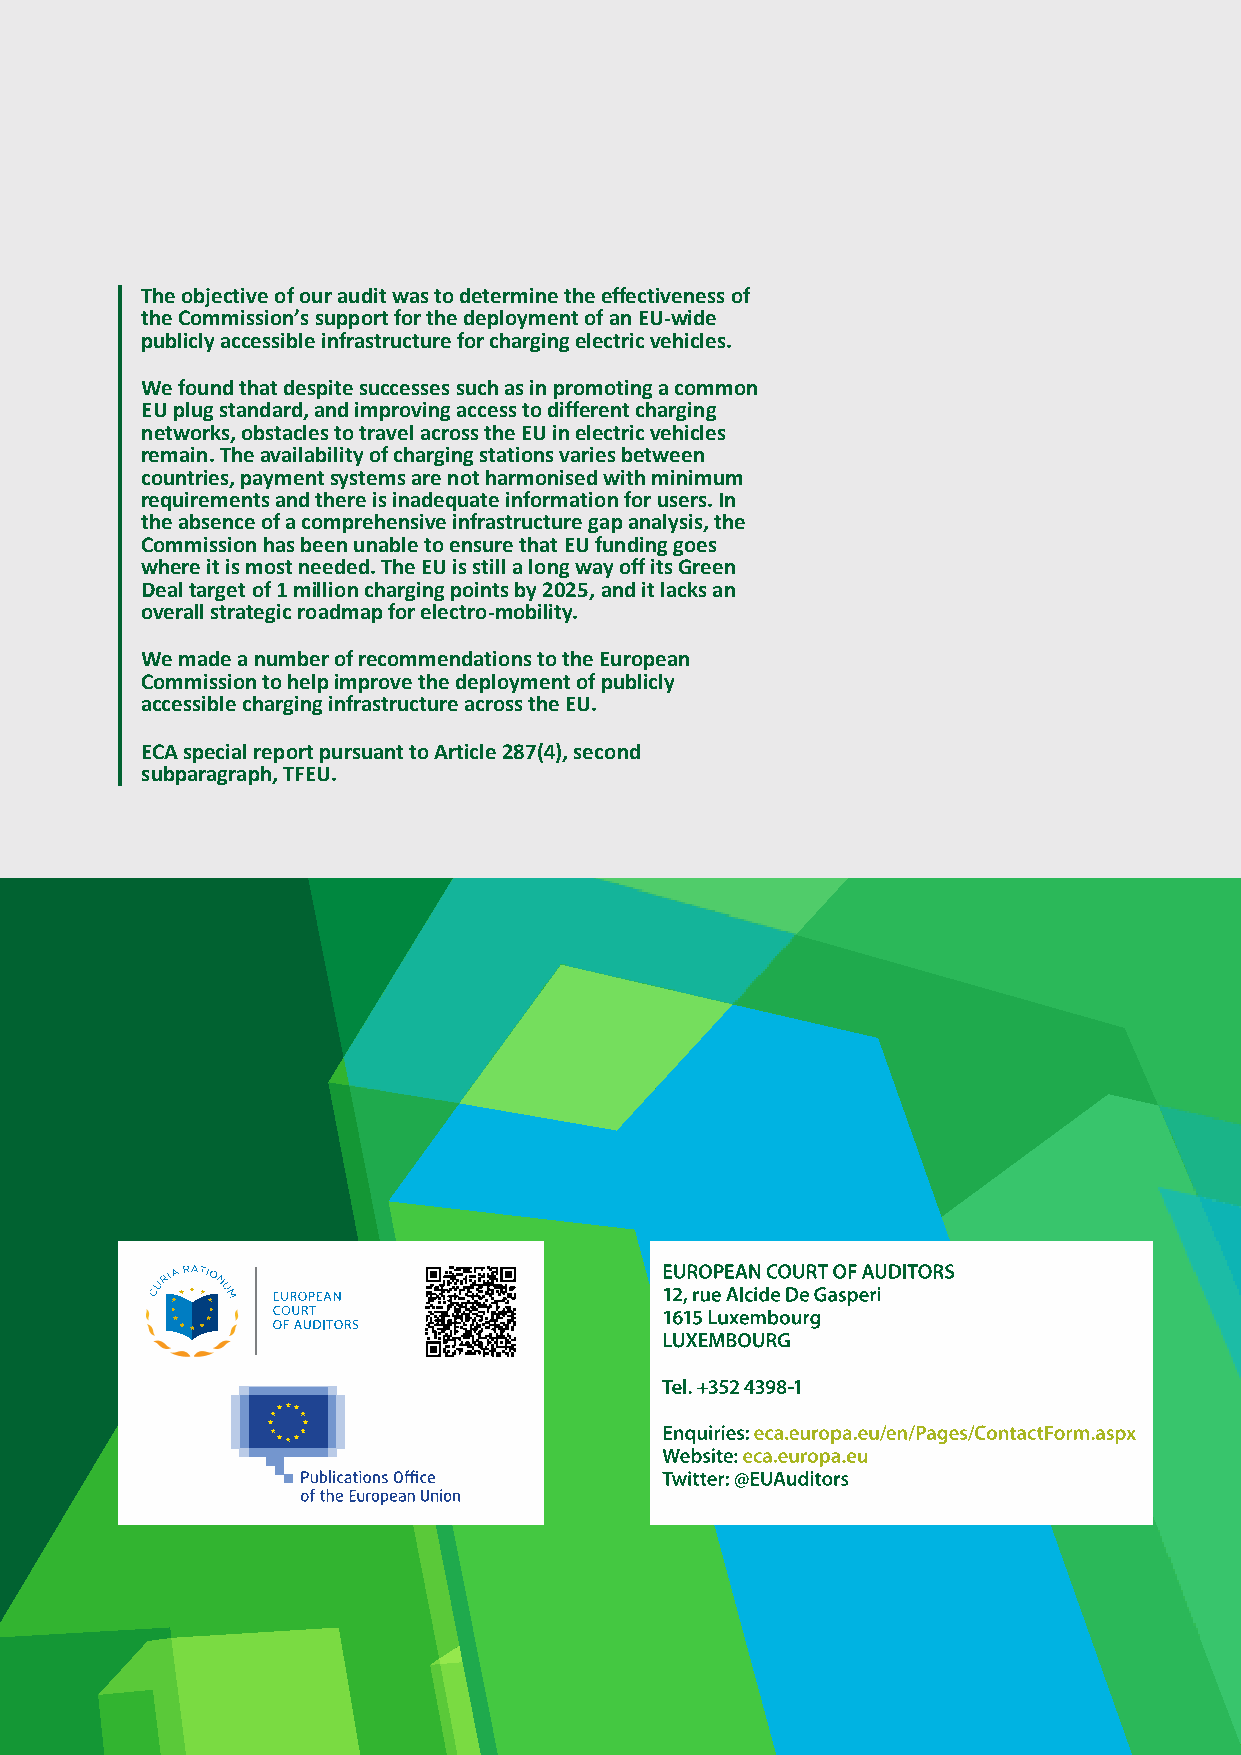
The objective of our audit was to determine the effectiveness of
 the Commission’s support for the deployment of an EU-wide
 publicly accessible infrastructure for charging electric vehicles.
 We found that despite successes such as in promoting a common
 EU plug standard, and improving access to different charging
 networks, obstacles to travel across the EU in electric vehicles
 remain. The availability of charging stations varies between
 countries, payment systems are not harmonised with minimum
 requirements and there is inadequate information for users. In
 the absence of a comprehensive infrastructure gap analysis, the
 Commission has been unable to ensure that EU funding goes
 where it is most needed. The EU is still a long way off its Green
 Deal target of 1 million charging points by 2025, and it lacks an
 overall strategic roadmap for electro-mobility.
 We made a number of recommendations to the European
 Commission to help improve the deployment of publicly
 accessible charging infrastructure across the EU.
 ECA special report pursuant to Article 287(4), second
 subparagraph, TFEU.